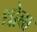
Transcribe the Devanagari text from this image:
धोबा